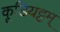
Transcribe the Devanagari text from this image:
कूडियट्टम्